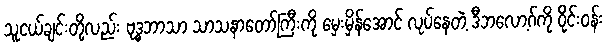
သူငယ်ချင်းတို့လည်း ဗုဒ္ဓဘာသာ သာသနာတော်ကြီးကို မှေးမှိန်အောင် လုပ်နေတဲ့ ဒီဘလော့ဂ်ကို ဝိုင်းဝန်း